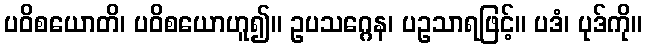
ပဝိစယောတိ၊ ပဝိစယောဟူ၍။ ဥပသဂ္ဂေန၊ ပဥသာရဖြင့်။ ပဒံ၊ ပုဒ်ကို။